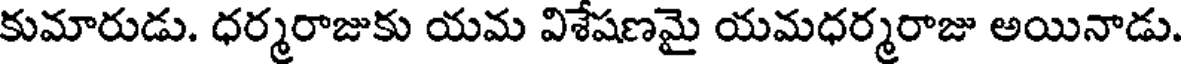
కుమారుడు. ధర్మరాజుకు యమ విశేషణమై యమధర్మరాజు అయినాడు.